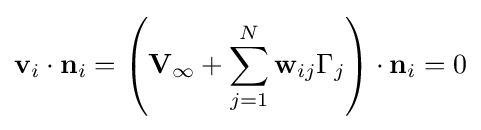
\mathbf {v} _{i}\cdot \mathbf {n} _{i}=\left(\mathbf {V} _{\infty }+\sum _{j=1}^{N}\mathbf {w} _{ij}\Gamma _{j}\right)\cdot \mathbf {n} _{i}=0